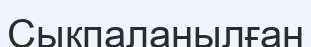
Сықпаланылған